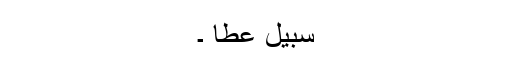
سبیل عطا ۔